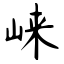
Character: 崃